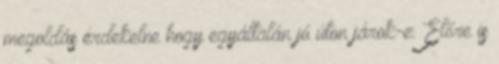
megoldás érdekelne hogy egyáltalán jó úton járok-e. Előre is